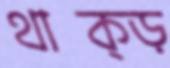
থাক্‌ড়